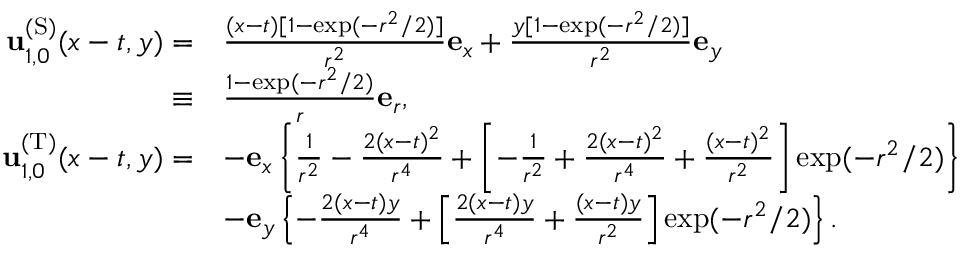
\begin{array} { r l } { \mathbf { u } _ { 1 , 0 } ^ { \mathrm { ( S ) } } ( x - t , y ) = } & { \frac { ( x - t ) [ 1 - \exp ( - r ^ { 2 } / 2 ) ] } { r ^ { 2 } } \mathbf { e } _ { x } + \frac { y [ 1 - \exp ( - r ^ { 2 } / 2 ) ] } { r ^ { 2 } } \mathbf { e } _ { y } } \\ { \equiv } & { \frac { 1 - \exp ( - r ^ { 2 } / 2 ) } { r } \mathbf { e } _ { r } , } \\ { \mathbf { u } _ { 1 , 0 } ^ { \mathrm { ( T ) } } ( x - t , y ) = } & { - \mathbf { e } _ { x } \left\{ \frac { 1 } { r ^ { 2 } } - \frac { 2 ( x - t ) ^ { 2 } } { r ^ { 4 } } + \left[ - \frac { 1 } { r ^ { 2 } } + \frac { 2 ( x - t ) ^ { 2 } } { r ^ { 4 } } + \frac { ( x - t ) ^ { 2 } } { r ^ { 2 } } \right] \exp ( - r ^ { 2 } / 2 ) \right\} } \\ & { - \mathbf { e } _ { y } \left\{ - \frac { 2 ( x - t ) y } { r ^ { 4 } } + \left[ \frac { 2 ( x - t ) y } { r ^ { 4 } } + \frac { ( x - t ) y } { r ^ { 2 } } \right] \exp ( - r ^ { 2 } / 2 ) \right\} . } \end{array}